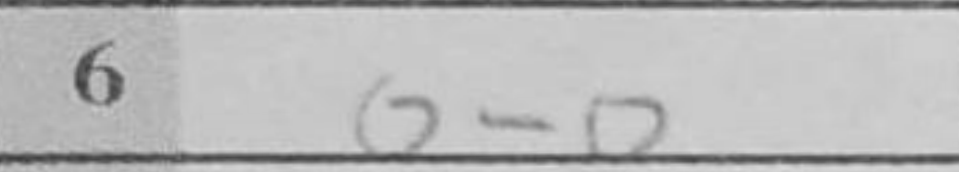
Transcription: O-O